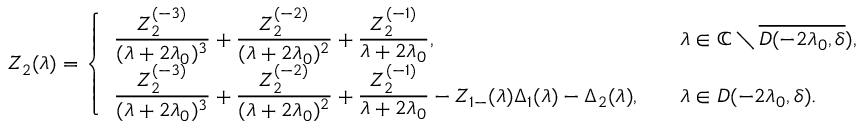
Z _ { 2 } ( \lambda ) = \left\{ \begin{array} { l l } { \displaystyle \frac { Z _ { 2 } ^ { ( - 3 ) } } { ( \lambda + 2 \lambda _ { 0 } ) ^ { 3 } } + \frac { Z _ { 2 } ^ { ( - 2 ) } } { ( \lambda + 2 \lambda _ { 0 } ) ^ { 2 } } + \frac { Z _ { 2 } ^ { ( - 1 ) } } { \lambda + 2 \lambda _ { 0 } } , } & { \quad \lambda \in \mathbb { C } \setminus \overline { { D ( - 2 \lambda _ { 0 } , \delta } } ) , } \\ { \displaystyle \frac { Z _ { 2 } ^ { ( - 3 ) } } { ( \lambda + 2 \lambda _ { 0 } ) ^ { 3 } } + \frac { Z _ { 2 } ^ { ( - 2 ) } } { ( \lambda + 2 \lambda _ { 0 } ) ^ { 2 } } + \frac { Z _ { 2 } ^ { ( - 1 ) } } { \lambda + 2 \lambda _ { 0 } } - Z _ { 1 - } ( \lambda ) \Delta _ { 1 } ( \lambda ) - \Delta _ { 2 } ( \lambda ) , } & { \quad \lambda \in D ( - 2 \lambda _ { 0 } , \delta ) . } \end{array} \right.